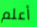
أعلم